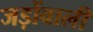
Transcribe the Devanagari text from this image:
जड़ोंवाली